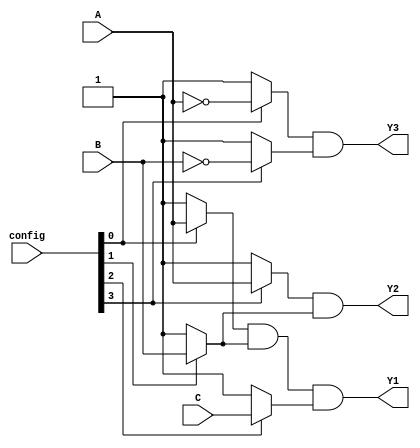
module FusedPAL (
    input wire A,      // Input A
    input wire B,      // Input B
    input wire C,      // Input C
    input wire [3:0] config, // Configuration input for AND gates
    output wire Y1,    // Output Y1
    output wire Y2,    // Output Y2
    output wire Y3     // Output Y3
);

// Programmable AND gates
wire and_out1; // Output of AND gate for Y1
wire and_out2; // Output of AND gate for Y2
wire and_out3; // Output of AND gate for Y3

// AND gate logic based on configuration
assign and_out1 = (config[0] ? A : 1'b1) & (config[1] ? B : 1'b1) & (config[2] ? C : 1'b1);
assign and_out2 = (config[3] ? A : 1'b1) & (config[1] ? B : 1'b1) & (config[4] ? ~C : 1'b1);
assign and_out3 = (config[0] ? ~A : 1'b1) & (config[3] ? ~B : 1'b1) & (config[4] ? C : 1'b1);

// Fixed OR gates
assign Y1 = and_out1; // Output Y1 from AND gate 1
assign Y2 = and_out2; // Output Y2 from AND gate 2
assign Y3 = and_out3; // Output Y3 from AND gate 3

endmodule